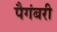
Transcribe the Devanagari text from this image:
पैगंबरी